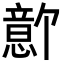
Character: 𪬫